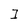
Character: 1